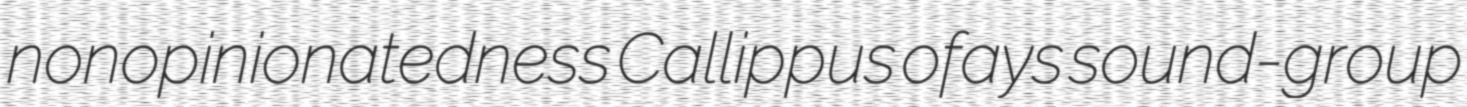
nonopinionatedness Callippus ofays sound-group